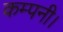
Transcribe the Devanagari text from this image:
कम्पनी।